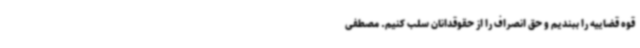
قوه قضاییه را ببندیم و حق انصراف را از حقوقدانان سلب کنیم. مصطفی